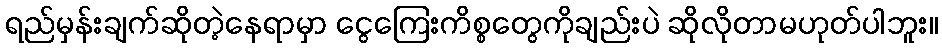
ရည်မှန်းချက်ဆိုတဲ့နေရာမှာ ငွေကြေးကိစ္စတွေကိုချည်းပဲ ဆိုလိုတာမဟုတ်ပါဘူး။